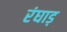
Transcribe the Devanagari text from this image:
रंघाड़